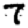
Digit: 7